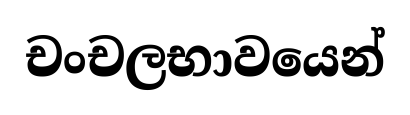
චංචලභාවයෙන්